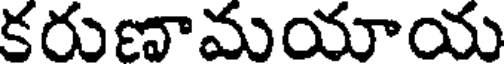
కరుణామయాయ